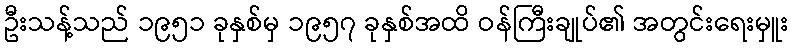
ဦးသန့်သည် ၁၉၅၁ ခုနှစ်မှ ၁၉၅၇ ခုနှစ်အထိ ဝန်ကြီးချုပ်၏ အတွင်းရေးမှူး